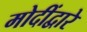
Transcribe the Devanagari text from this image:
मोदींद्वारे